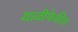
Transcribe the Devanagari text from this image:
थाळीफेकीत